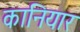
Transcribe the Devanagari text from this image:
कानियार